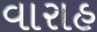
વારાહ